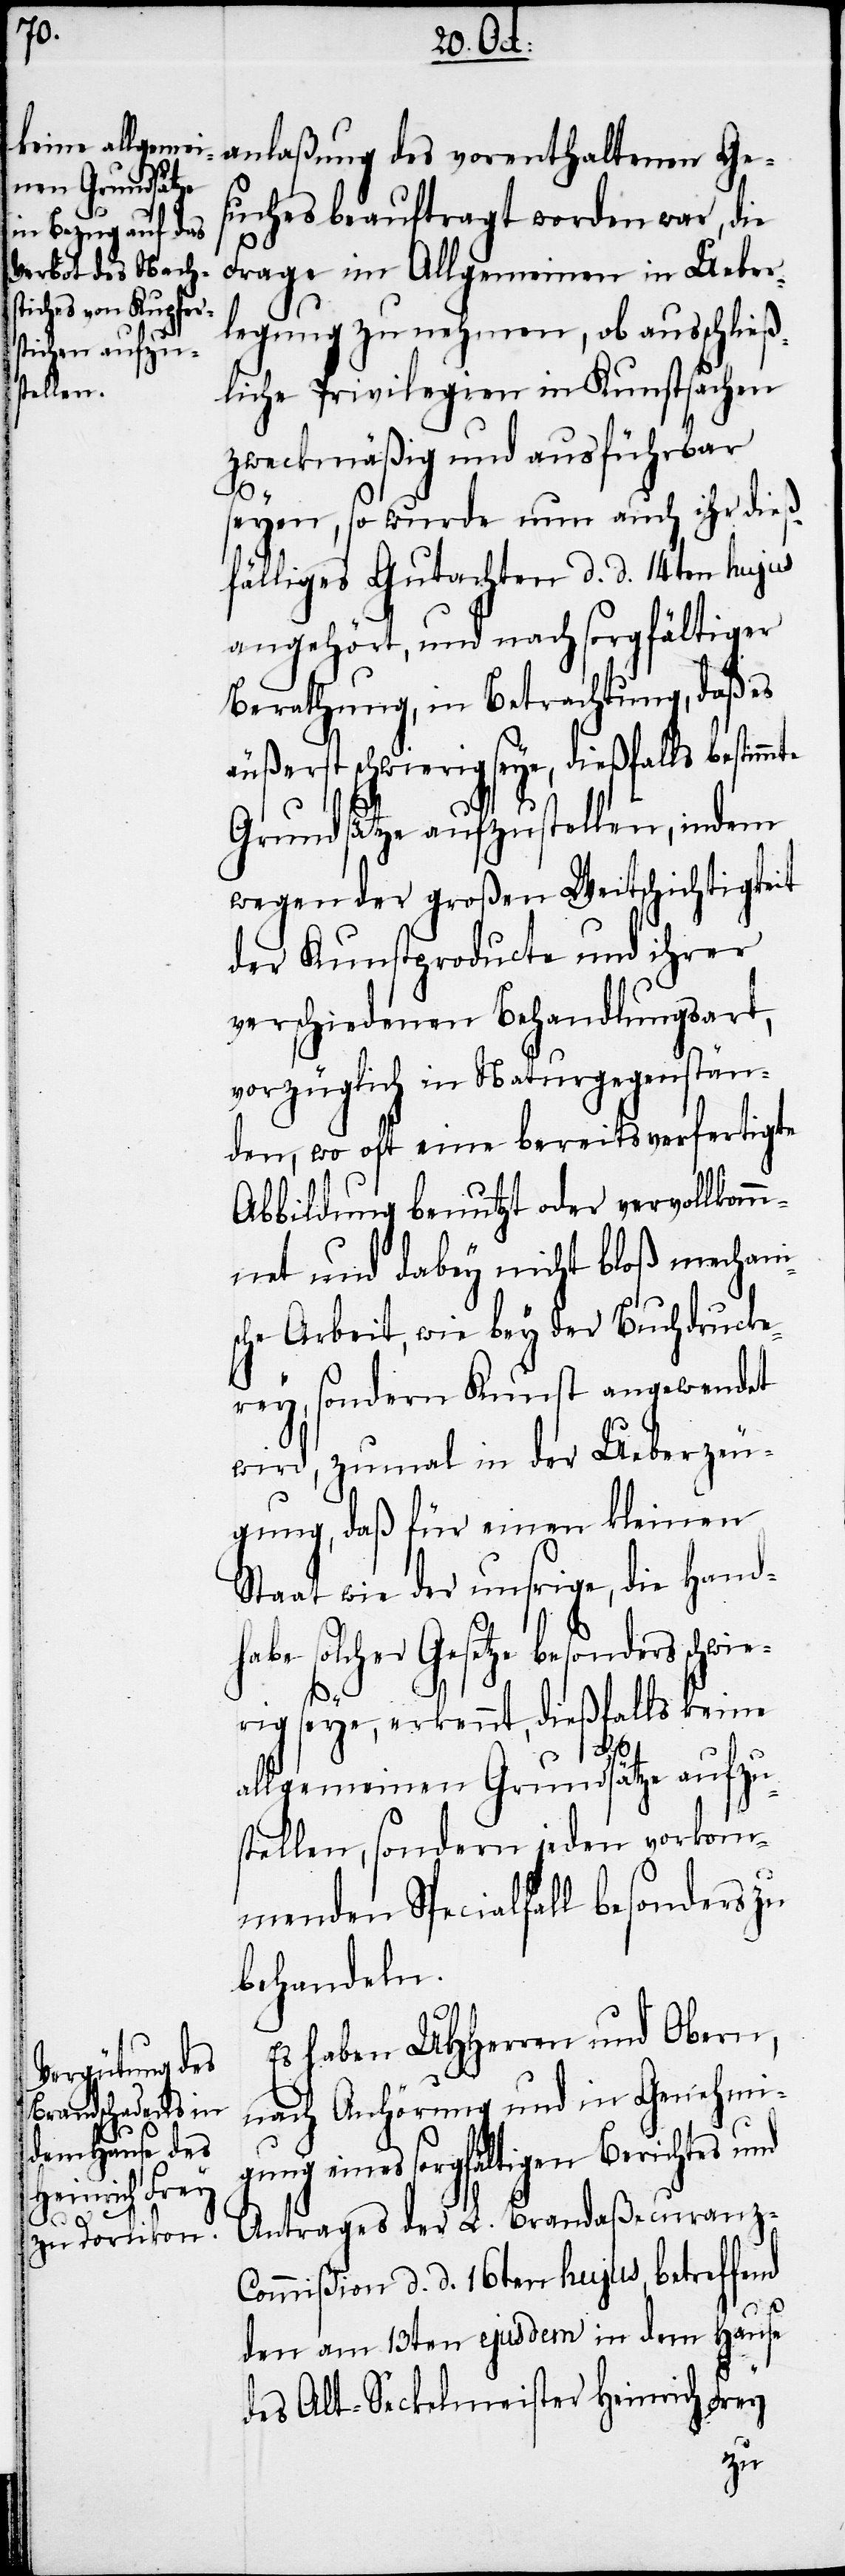
anlaßung des vorenthaltenen Ge¬
suches beauftragt worden war, die
Frage im Allgemeinen in Ueber¬
legung zu nehmen, ob ausschließ¬
liche Privilegien in Kunstsachen
zweckmäßig und ausführbar
te
seyen, so wurde nun auch ihr dieß¬
fälliges Gutachten d. d. 14ten hujus
angehört, und nach sorgfältiger
Berathung, in Betrachtung, daß es
äußerst schwierig seye, dießfalls bestimm¬
Grundsätze aufzustellen, indem
wegen der großen Weitschichtigkeit
der Kunstproducte und ihrer
verschiedenen Behandlungsart,
vorzüglich in Naturgegenstän¬
den, wo oft eine bereits verfertigte
Abbildung benutzt oder vervollkom¬
mnet und dabey nicht bloß mechani¬
sche Arbeit, wie bey der Buchdrucke¬
rey, sondern Kunst angewendet
wird, zumal in der Ueberzeu¬
gung, daß für einen kleinen
Staat wie der unsrige, die Hand¬
habe solcher Gesetze besonders schwie¬
rig seye, erkennt, dießfalls keine
allgemeinen Grundsätze aufzu¬
stellen, sondern jeden vorkom¬
menden Specialfall besonders zu
behandeln.
Es haben UHHerren und Obern,
nach Anhörung und in Genehmi¬
eines sorgfältigen Berichtes
Antrages der L. Brandaßecuranz-C¬
ommißion d. d. 16ten hujus, betreffend
den am 13ten ejusdem in dem Hause
des Alt-Seckelmeister Heinrich Frey
gung